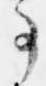
事